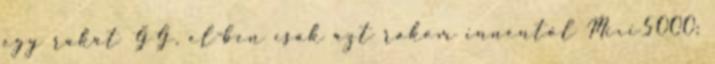
egy rakat GG, el-ben csak azt rakom innentől Mixi5000: